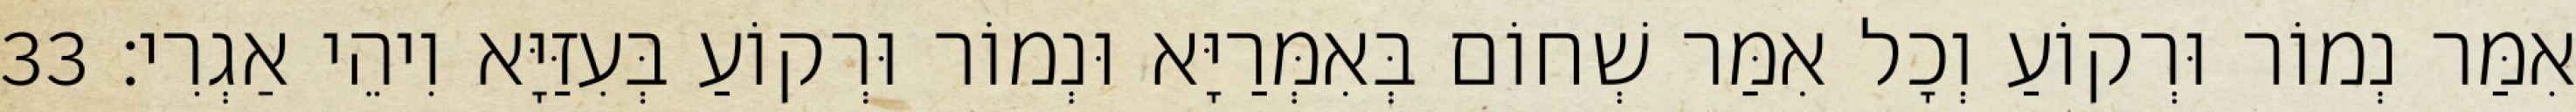
אִמַּר נְמוֹר וּרְקוֹעַ וְכָל אִמַּר שְׁחוֹם בְּאִמְּרַיָּא וּנְמוֹר וּרְקוֹעַ בְּעִזַּיָּא וִיהֵי אַגְרִי׃ 33